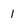
Character: 1